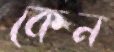
কেন